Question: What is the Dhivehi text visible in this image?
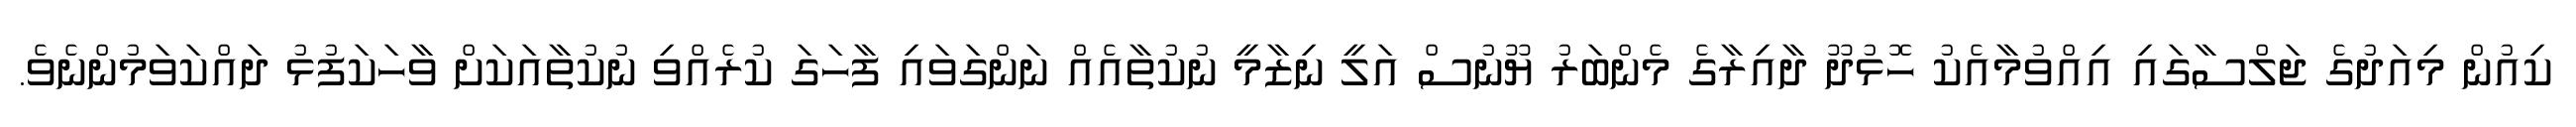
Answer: ކިއުން މިއަދުގެ ޖަލްސާގައި އިއްވުމާއެކު ހޮޅުދޫ ދާއިރާގެ މެންބަރު ޔޫނުސް އަލީ ނިޒާމީ ނުކުތާއެއް ނަންގަވައި ފާހަގަ ކުރެއްވި ނުކުތާއަކަށް ވާހަކަފުޅު ދައްކަވަމުންނެވެ.